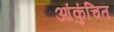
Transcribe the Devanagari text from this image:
आंकुंचित